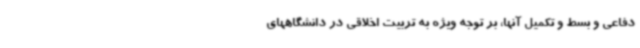
دفاعی و بسط و تکمیل آنها، بر توجه ویژه به تربیت اخلاقی در دانشگاههای